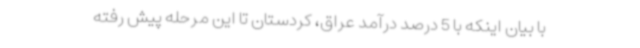
با بیان اینکه با 5 درصد درآمد عراق، کردستان تا این مرحله پیش رفته